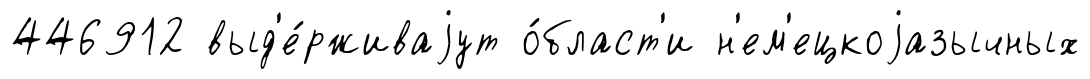
446912 выд'е́рживаjут о́бласт'и н'ем'ецкоjазычных